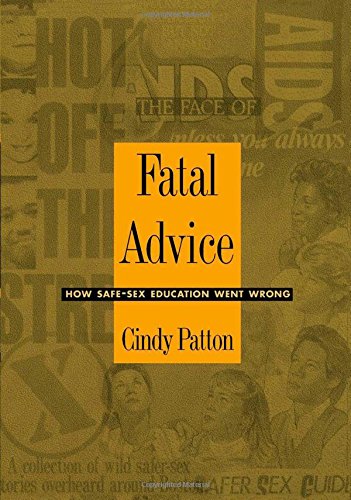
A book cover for Fatal Advice: How Safe-Sex Education Went Wrong (Series Q); Cindy Patton; Gay & Lesbian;